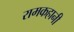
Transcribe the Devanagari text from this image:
रामकहानी